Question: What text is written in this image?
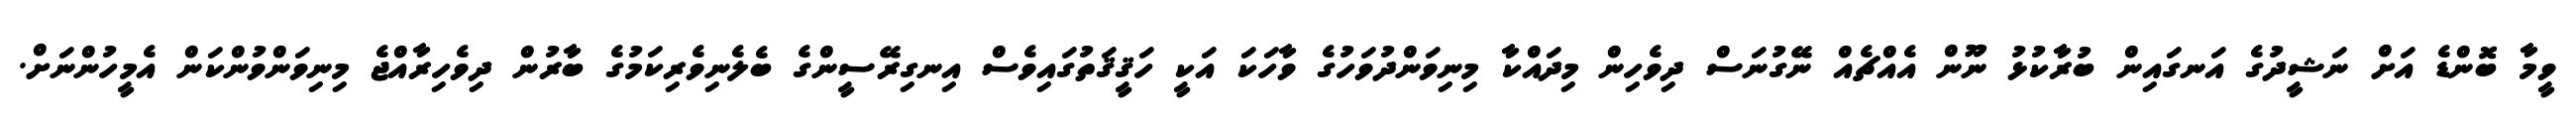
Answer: ވީމާ ބޮންޑެ އަށް ނަޝީދުގެ އަނގައިން ބުރާކުޅު ނޫން އެއްޗެއް ނޭގުނަސް ދިވެހިން މިދައްކާ މިނިވަންދުވަހުގެ ވާހަކަ އަކީ ހަޤީޤަތުގައިވެސް އިނގިރޭސީންގެ ބެލެނިވެރިކަމުގެ ބާރުން ދިވެހިރާއްޖެ މިނިވަންވުންކަން އެމީހުންނަށް.